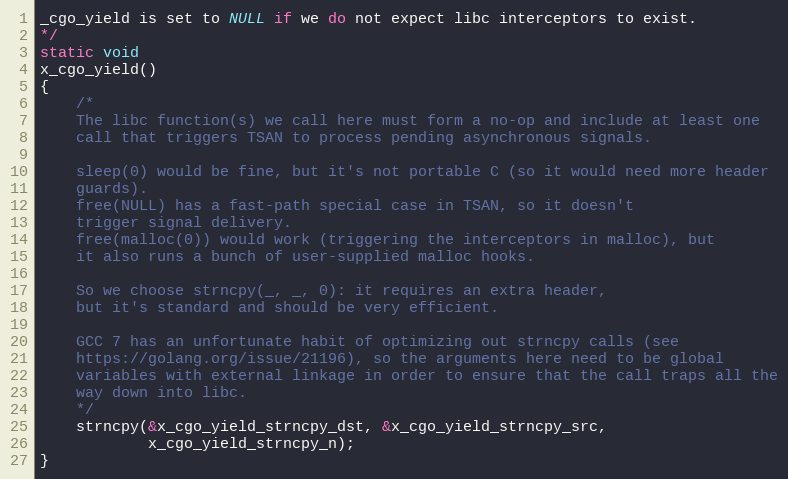
Language: C
_cgo_yield is set to NULL if we do not expect libc interceptors to exist.
*/
static void
x_cgo_yield()
{
	/*
	The libc function(s) we call here must form a no-op and include at least one
	call that triggers TSAN to process pending asynchronous signals.

	sleep(0) would be fine, but it's not portable C (so it would need more header
	guards).
	free(NULL) has a fast-path special case in TSAN, so it doesn't
	trigger signal delivery.
	free(malloc(0)) would work (triggering the interceptors in malloc), but
	it also runs a bunch of user-supplied malloc hooks.

	So we choose strncpy(_, _, 0): it requires an extra header,
	but it's standard and should be very efficient.

	GCC 7 has an unfortunate habit of optimizing out strncpy calls (see
	https://golang.org/issue/21196), so the arguments here need to be global
	variables with external linkage in order to ensure that the call traps all the
	way down into libc.
	*/
	strncpy(&x_cgo_yield_strncpy_dst, &x_cgo_yield_strncpy_src,
	        x_cgo_yield_strncpy_n);
}